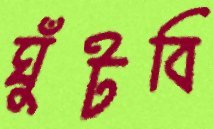
ঘুঁটবি